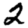
Digit: 2